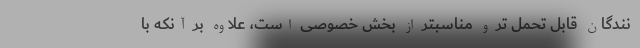
نندگان قابل تحمل تر و مناسبتر از بخش خصوصی است، علاوه بر آنکه با